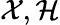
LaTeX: \mathcal X,\mathcal H